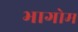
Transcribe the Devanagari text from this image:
भागोम